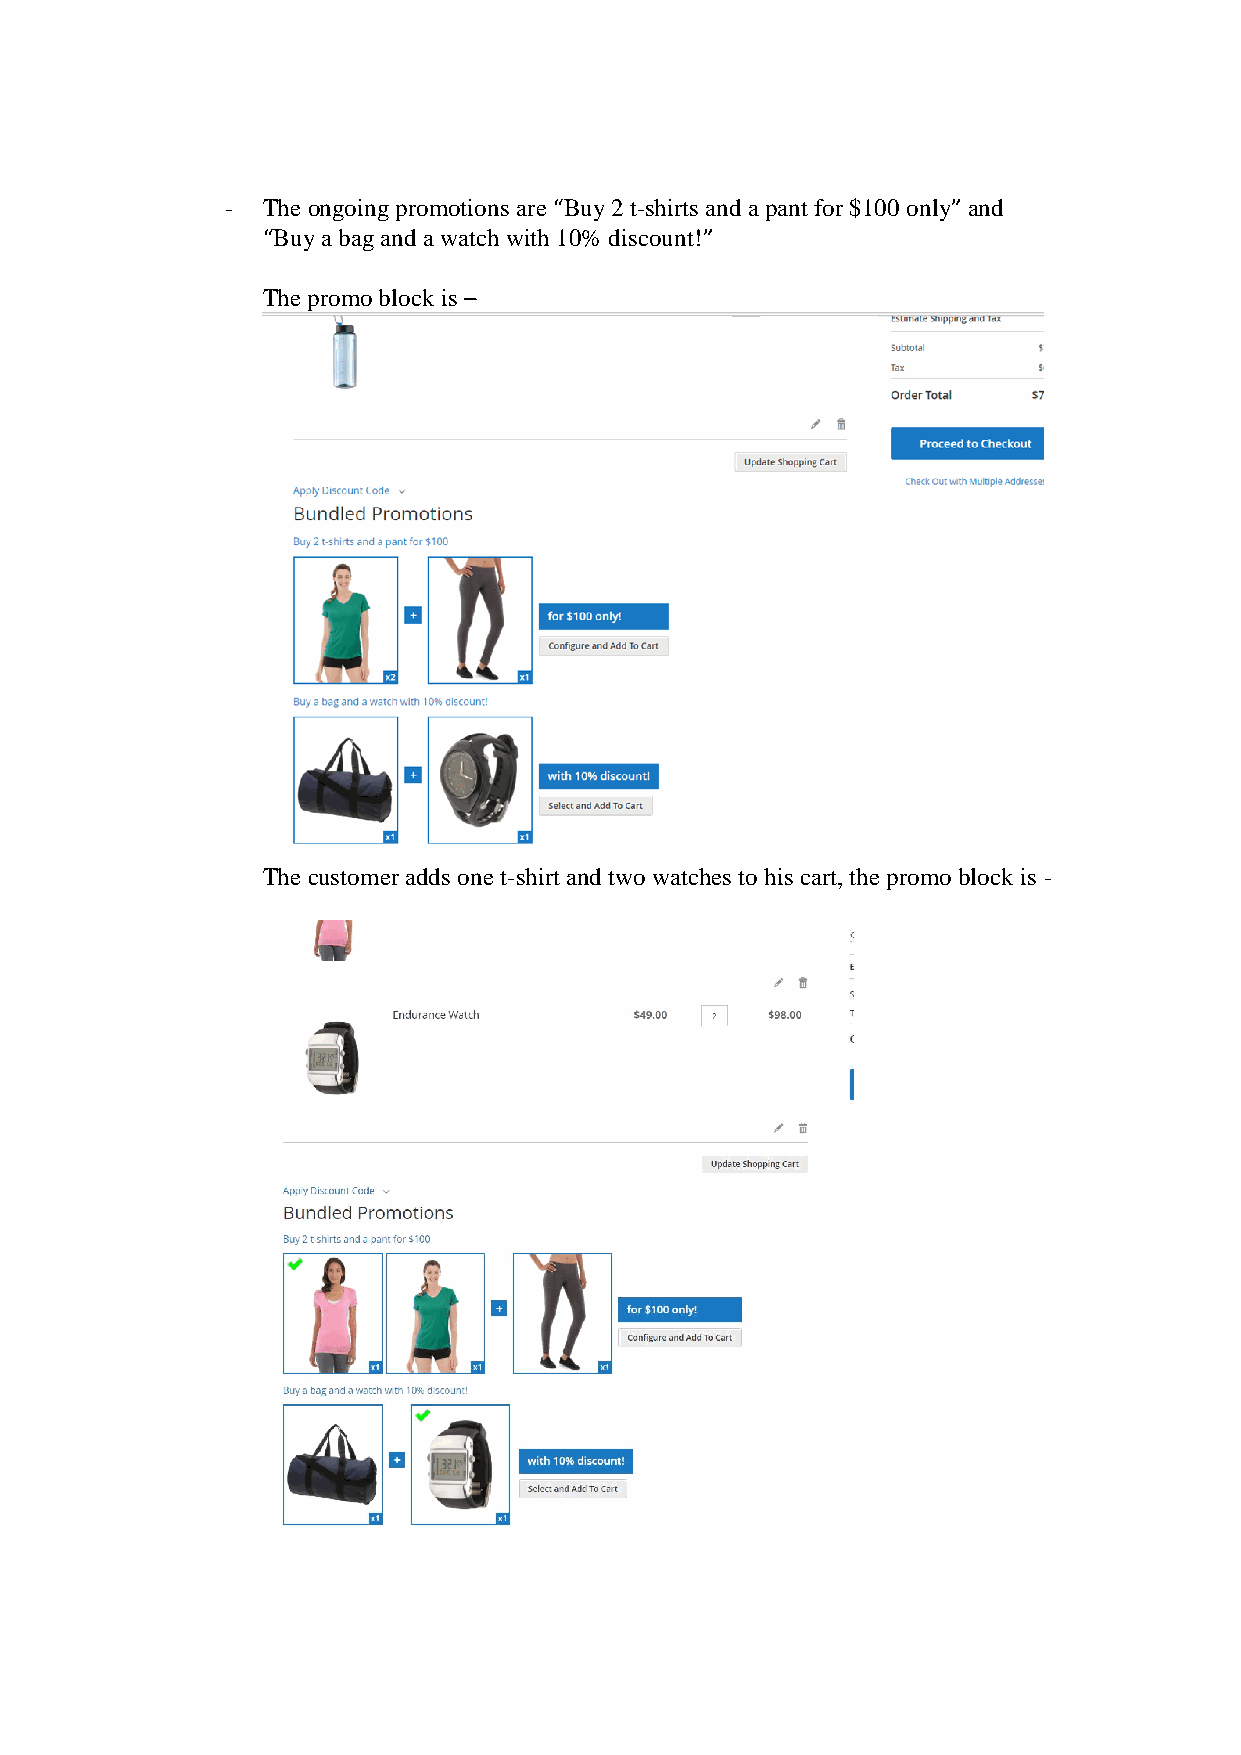
- The ongoing promotions are “Buy 2 t-shirts and a pant for $100 only” and
 “Buy a bag and a watch with 10% discount!”
 The promo block is –
 The customer adds one t-shirt and two watches to his cart, the promo block is -